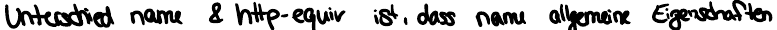
Unterscheid name & http-equiv ist, dass name allgemeine Eigenschaften